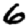
Digit: 6